Note on the mental hospitals in Burma - 1925-1940
Year: 1925
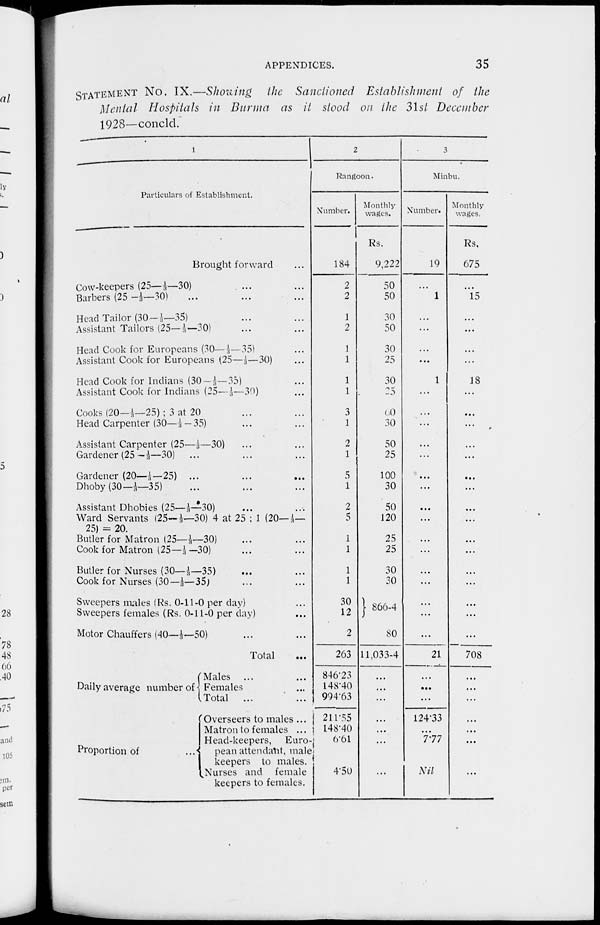
APPENDICES.
35
STATEMENT No. IX.—Showing the Sanctioned Establishment of the
Mental Hospitals in Burma as it stood on the 31st December
1928—concld.
1
Particulars of Establishment.
Brought forward ...
Cow-keepers (25—1/3—30) ... ...
Barbers (25—1/3—30) ... ... ...
Head Tailor (30—1/3—35) ... ...
Assistant Tailors (25—1/3 — 30) ... ...
Head Cook for Europeans (30—1/3—35) ...
Assistant Cook for Europeans (25—1/3—30) ...
Head Cook for Indians (30—1/3 —35) ...
Assistant Cook for Indians (25— 1/3—30) ...
Cooks (20—1/3—25) ; 3 at 20 ... ...
Head Carpenter (30—1/3—35) ... ...
Assistant Carpenter (25—1/3—30) ... ...
Gardener (25—1/3—30) ... ... ...
Gardener (20—1/3—25) ... ... ...
Dhoby (30—1/3—35) ... ...
Assistant Dhobies (25—1/3—30) ... ...
Ward Servants (25—1/3—30) 4 at 25 ; 1 (20—1/3—
25) = 20.
Butler for Matron (25—1/3—30) ... ...
Cook for Matron (25—1/3 —30) ... ...
Butler for Nurses (30—1/3—35) ... ...
Cook for Nurses (30—1/3—35) ... ...
Sweepers males (Rs. 0-11-0 per day) ...
Sweepers females (Rs. 0-11-0 per day) ...
Motor Chauffers (40—1/3—50) ... ...
Total ...
Daily average number of
Proportion of
...
Males ... ...
Females ...
Total
... ...
Overseers to males ...
Matron to females ...
Head-keepers, Euro-
pean attendant, male
keepers to males.
Nurses and female
keepers to females.
2
Rangoon.
Number.
184
2
2
1
2
1
1
1
1
3
1
2
1
5
1
2
5
1
1
1
1
30
12
2
263
846.23
148.40
994.63
211.55
148.40
6.61
4.50
Monthly
wages.
Rs.
9,222
50
50
30
50
30
25
30
25
60
30
50
25
100
30
50
120
25
25
30
30
866-4
80
11,033-4
...
...
...
...
...
...
3
Minbu.
Number.
19
...
1
...
...
...
...
1
...
...
...
...
...
...
...
...
...
...
...
...
...
...
...
...
21
...
...
...
124.33
...
7.77
Nil
Monthly
wages.
Rs.
675
...
15
...
...
...
18
...
...
...
...
...
...
...
...
...
...
...
...
...
...
708
...
...
...
...
...
...